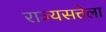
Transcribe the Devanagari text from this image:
राज्यसत्तेला